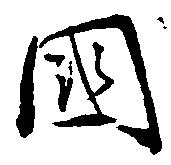
国